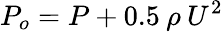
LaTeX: P_{o}=P+0.5\: \rho\: U^{2}